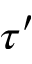
\tau ^ { \prime }